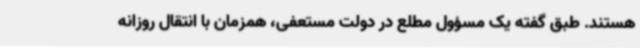
هستند. طبق گفته یک مسؤول مطلع در دولت مستعفی، همزمان با انتقال روزانه